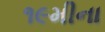
૧૯મીના